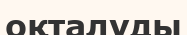
оқталуды